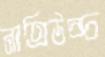
নাতিউচ্চ